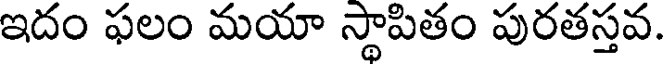
ఇదం ఫలం మయా స్థాపితం పురతస్తవ.